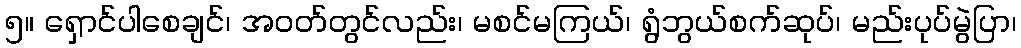
၅။ ရှောင်ပါစေချင်၊ အဝတ်တွင်လည်း၊ မစင်မကြယ်၊ ရွံဘွယ်စက်ဆုပ်၊ မည်းပုပ်မွဲပြာ၊